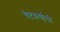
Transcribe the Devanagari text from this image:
चेटकणीची